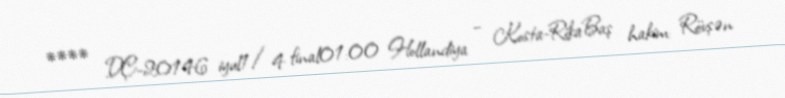
**** DÇ-20146 iyul1/4 final01:00 Hollandiya – Kosta-RikaBaş hakim: Rövşən